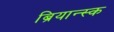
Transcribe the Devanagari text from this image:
ब्रियान्स्क